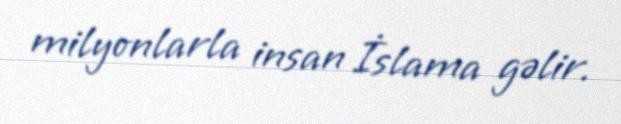
milyonlarla insan İslama gəlir.